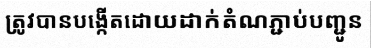
ត្រូវបានបង្កើតដោយដាក់តំណភ្ជាប់បញ្ជូន